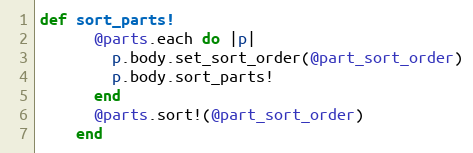
Language: Ruby
def sort_parts!
      @parts.each do |p|
        p.body.set_sort_order(@part_sort_order)
        p.body.sort_parts!
      end
      @parts.sort!(@part_sort_order)
    end